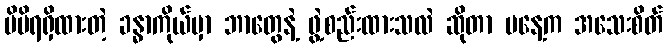
မိမိရရှိထားတဲ့ ခန္ဓာကိုယ်မှာ ဘာတွေနဲ့ ဖွဲ့စည်းထားသလဲ ဆိုတာ မနေ့က အသေးစိတ်